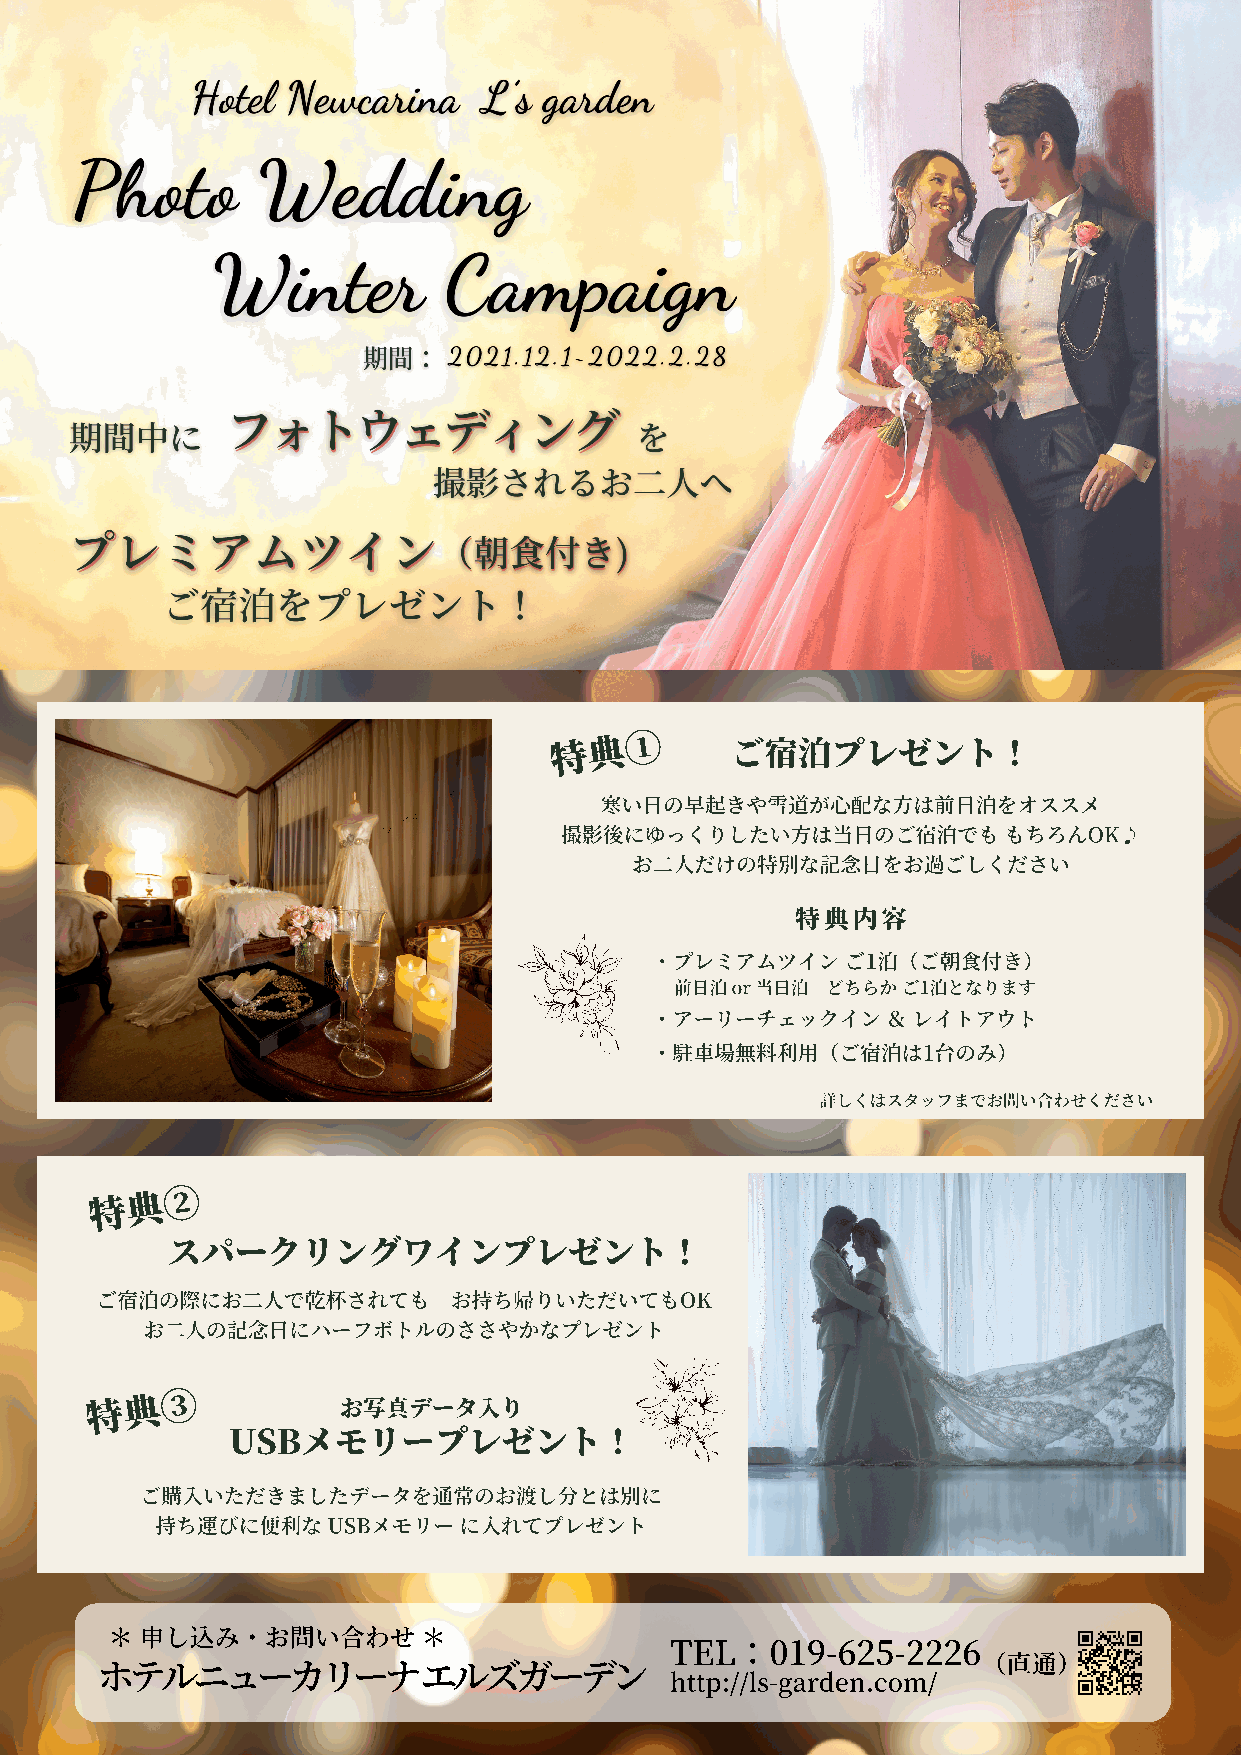
特典①
 ご宿泊プレゼント！
 寒い⽇の早起きや雪道が⼼配な⽅は前⽇泊をオススメ
 撮影後にゆっくりしたい⽅は当⽇のご宿泊でも        もちろんOK♪
 お⼆⼈だけの特別な記念⽇をお過ごしください
 特典内容
 ・プレミアムツイン    ご1泊（ご朝⾷付き）
 前⽇泊 or 当⽇泊 どちらか ご1泊となります
 ・アーリーチェックイン     ＆ レイトアウト
 ・駐⾞場無料利⽤（ご宿泊は1台のみ）
 詳しくはスタッフまでお問い合わせください
 特典②
 スパークリングワインプレゼント！
 ご宿泊の際にお⼆⼈で乾杯されても        お持ち帰りいただいてもOK
 お⼆⼈の記念⽇にハーフボトルのささやかなプレゼント
 特典③
 お写真データ⼊り
 USBメモリープレゼント！
 ご購⼊いただきましたデータを通常のお渡し分とは別に
 持ち運びに便利な    USBメモリー に⼊れてプレゼント
 ＊ 申し込み・お問い合わせ        ＊
 TEL：019-625-2226
 ホテルニューカリーナ            エルズガーデン                              （直通）
 http://ls-garden.com/